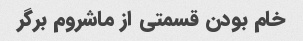
خام بودن قسمتی از ماشروم برگر